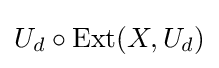
U_{d}\circ {\text{Ext}}(X,U_{d})